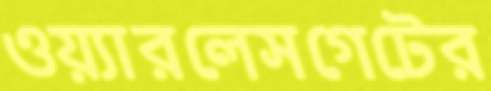
ওয়্যারলেসগেটের